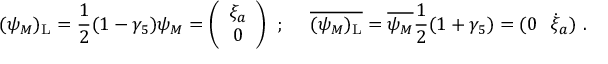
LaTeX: ( \psi _ { M } ) _ { \mathrm { L } } = \frac { 1 } { 2 } ( 1 - \gamma _ { 5 } ) \psi _ { M } = \left( \begin{array} { c } { { \xi _ { a } } } \\ { { 0 } } \end{array} \right) ~ ; ~ ~ ~ ~ { \overline { { { ( \psi _ { M } ) _ { \mathrm { L } } } } } } = \overline { { { \psi _ { M } } } } \frac { 1 } { 2 } ( 1 + \gamma _ { 5 } ) = ( 0 ~ ~ \dot { \xi } _ { a } ) ~ .